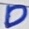
Text: D